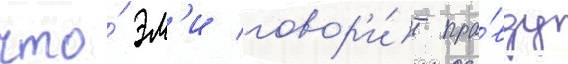
что́ эм'и говор'и́т пра́вду